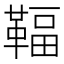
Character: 𩋨